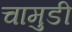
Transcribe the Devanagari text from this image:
चामुडी